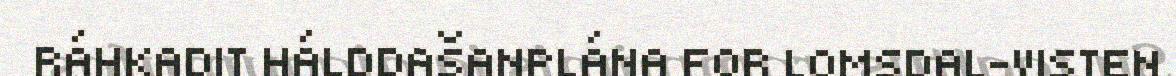
RÁHKADIT HÁLDDAŠANPLÁNA FOR LOMSDAL-VISTEN